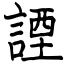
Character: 諲